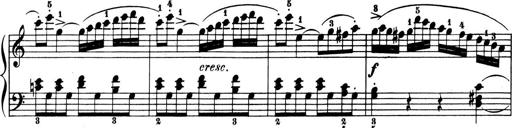
Title: 6 Piano Sonatinas
Composer: Cornelius Gurlitt